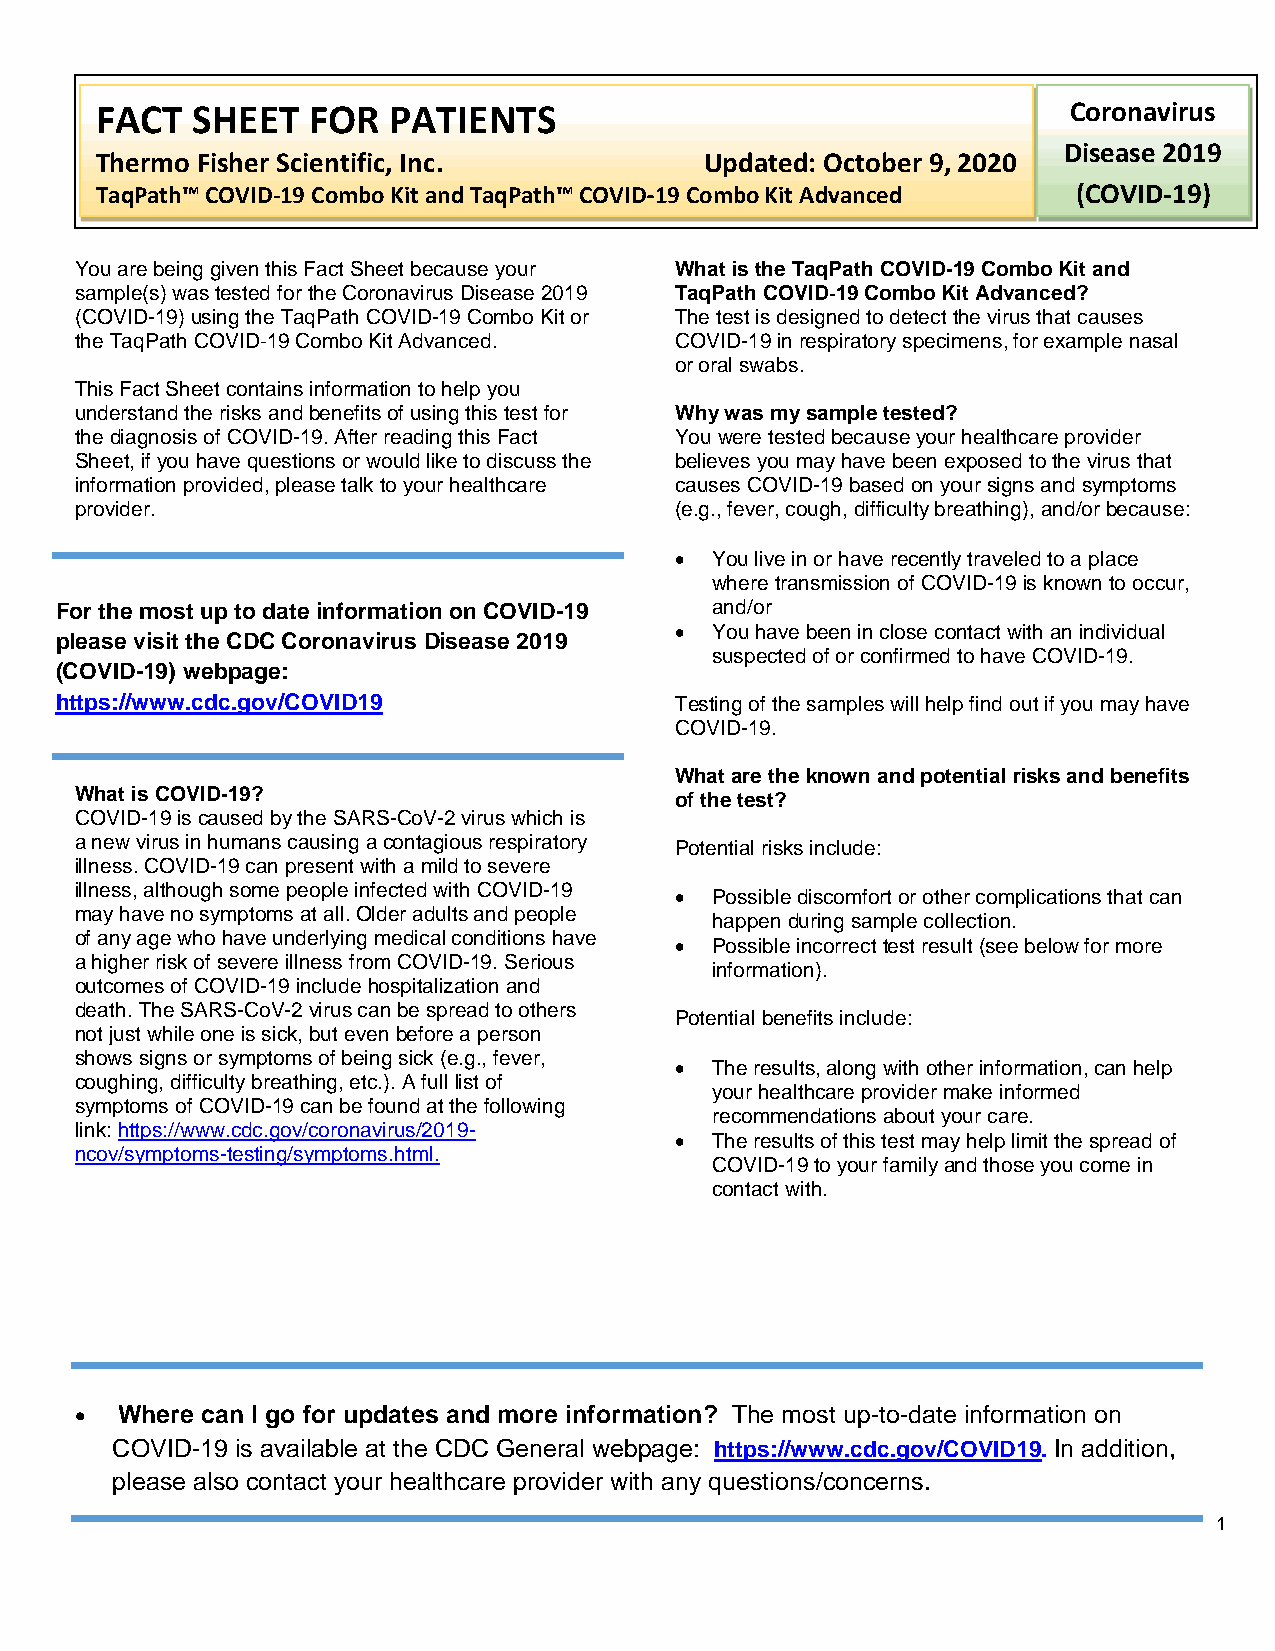
FACT   SHEET  FOR   PATIENTS                                     Coronavirus
 Disease 2019
 Thermo Fisher Scientific, Inc.           Updated: October 9, 2020
 TaqPath™ COVID-19 Combo Kit and TaqPath™ COVID 19 Combo Kit Advanced (COVID-19)
 -
 You are being given this Fact Sheet because your What is the TaqPath COVID-19 Combo Kit and
 sample(s) was tested for the Coronavirus Disease 2019 TaqPath COVID 19 Combo Kit Advanced?
 (COVID-19) using the TaqPath COVID-19 Combo Kit or The test is designed to detect the virus that causes
 the TaqPath COVID 19 Combo Kit Advanced. COVID-19 in resp-iratory specimens, for example nasal
 or oral swabs.
 This Fact Sheet cont-ains information to help you
 understand the risks and benefits of using this test for Why was my sample tested?
 the diagnosis of COVID-19. After reading this Fact You were tested because your healthcare provider
 Sheet, if you have questions or would like to discuss the believes you may have been exposed to the virus that
 information provided, please talk to your healthcare causes COVID-19 based on your signs and symptoms
 provider.                               (e.g., fever, cough, difficulty breathing), and/or because:
 • You live in or have recently traveled to a place
 where transmission of COVID-19 is known to occur,
 For the most up to date information on COVID-19 and/or
 • You have been in close contact with an individual
 please visit the CDC Coronavirus Disease 2019
 suspected of or confirmed to have COVID-19.
 (COVID-19) webpage:
 https://www.cdc.gov/COVID19              Testing of the samples will help find out if you may have
 COVID-19.
 What are the known and potential risks and benefits
 What is COVID-19?                       of the test?
 COVID-19 is caused by the SARS-CoV-2 virus which is
 a new virus in humans causing a contagious respiratory Potential risks include:
 illness. COVID-19 can present with a mild to severe
 illness, although some people infected with COVID-19 • Possible discomfort or other complications that can
 may have no symptoms at all. Older adults and people
 happen during sample collection.
 of any age who have underlying medical conditions have • Possible incorrect test result (see below for more
 a higher risk of severe illness from COVID-19. Serious
 information).
 outcomes of COVID-19 include hospitalization and
 death. The SARS-CoV-2 virus can be spread to others
 Potential benefits include:
 not just while one is sick, but even before a person
 shows signs or symptoms of being sick (e.g., fever,
 • The results, along with other information, can help
 coughing, difficulty breathing, etc.). A full list of
 your healthcare provider make informed
 symptoms of COVID-19 can be found at the following
 recommendations about your care.
 link: https://www.cdc.gov/coronavirus/2019-
 • The results of this test may help limit the spread of
 ncov/symptoms-testing/symptoms.html.
 COVID-19 to your family and those you come in
 contact with.
 •  Where can I go for updates and more information? The most up-to-date information on
 COVID-19 is available at the CDC General webpage: https://www.cdc.gov/COVID19. In addition,
 please also contact your healthcare provider with any questions/concerns.
 1